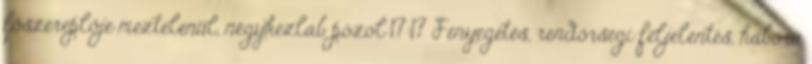
főszereplője meztelenül, négykézláb pózol 17:17 Fenyegetés, rendőrségi feljelentés, háború